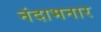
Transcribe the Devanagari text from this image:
नंदाभनार